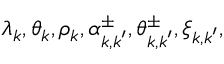
\lambda _ { \boldsymbol { k } } , \theta _ { \boldsymbol { k } } , \rho _ { \boldsymbol { k } } , \alpha _ { \boldsymbol { k } , \boldsymbol { k } ^ { \prime } } ^ { \pm } , \theta _ { \boldsymbol { k } , \boldsymbol { k } ^ { \prime } } ^ { \pm } , \xi _ { \boldsymbol { k } , \boldsymbol { k } ^ { \prime } } ,